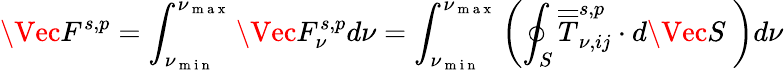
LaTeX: \Vec{F}^{s,p}=\int_{\nu_{\mathrm{~m~i~n~}}}^{\nu_{\mathrm{~m~a~x~}}}\Vec{F}_{\nu}^{s,p}d\nu=\int_{\nu_{\mathrm{~m~i~n~}}}^{\nu_{\mathrm{~m~a~x~}}}\left(\oint_{S}\overline{{\overline{{T}}}}_{\nu,ij}^{s,p}\cdot d\Vec{S}\ \right)d\nu